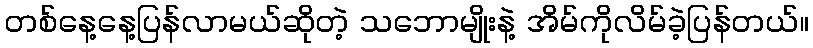
တစ်နေ့နေ့ပြန်လာမယ်ဆိုတဲ့ သဘောမျိုးနဲ့ အိမ်ကိုလိမ်ခဲ့ပြန်တယ်။